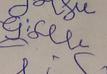
Signature authenticity: forged